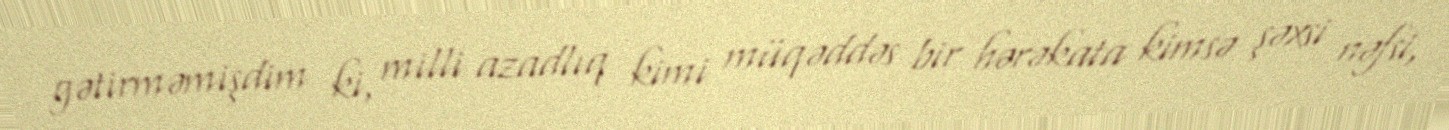
gətirməmişdim ki, milli azadlıq kimi müqəddəs bir hərəkata kimsə şəxsi nəfsi,